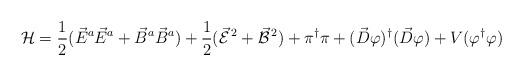
LaTeX: \begin{align*}{\cal H} = \frac{1}{2} ( \vec{E}^a \vec{E}^a + \vec{B}^a \vec{B}^a)+ \frac{1}{2} ( \vec{\cal E}^{\,2} + \vec{\cal B}^{\,2} )+ \pi^{\dagger} \pi + ( \vec{D} \varphi )^{\dagger}( \vec{D} \varphi ) + V ( \varphi^{\dagger} \varphi )\end{align*}